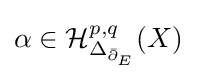
\alpha \in {\mathcal {H}}_{\Delta _{{\bar {\partial }}_{E}}}^{p,q}(X)